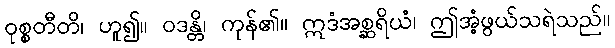
ဝုစ္စတီတိ၊ ဟူ၍။ ဝဒန္တိ၊ ကုန်၏။ ဣဒံအစ္ဆရိယံ၊ ဤအံ့ဖွယ်သရဲသည်။